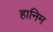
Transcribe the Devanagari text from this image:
हानिम